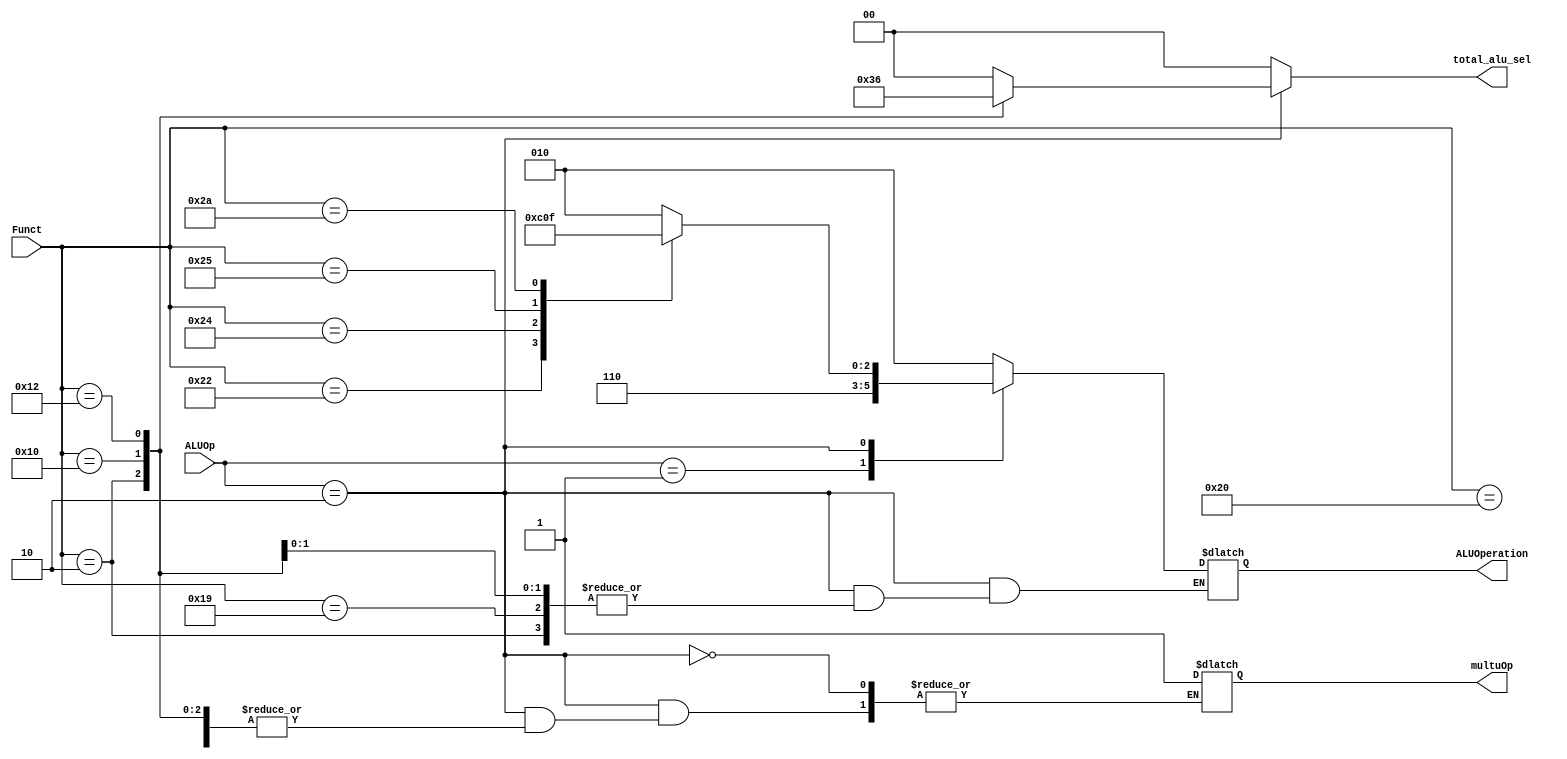
/*
	Title:	ALU Control Unit
	Author: Garfield (Computer System and Architecture Lab, ICE, CYCU)
	Input Port
		1. ALUOp: alu+-
		2. Funct: 6
	Output Port
		1. ALUOperation: 
        2. multuOp: multuOp
        3. sel: 
*/

module alu_ctl(ALUOp, Funct, ALUOperation, multuOp, total_alu_sel);
    input[1:0] ALUOp;
    input[5:0] Funct;
    output[2:0] ALUOperation;
    output multuOp;
    output[1:0] total_alu_sel;

    reg multuOp;
    reg[1:0] total_alu_sel;
    reg[2:0] ALUOperation;

    // symbolic constants for instruction function code
    parameter F_add = 6'd32;
    parameter F_sub = 6'd34;
    parameter F_and = 6'd36;
    parameter F_or  = 6'd37;
    parameter F_slt = 6'd42;
    parameter F_srl = 6'd2;
    parameter F_multu = 6'd25;
    parameter F_mfhi = 6'd16;
    parameter F_mflo = 6'd18;

    // symbolic constants for ALU Operations
    parameter ALU_add = 3'b010;
    parameter ALU_sub = 3'b110;
    parameter ALU_and = 3'b000;
    parameter ALU_or  = 3'b001;
    parameter ALU_slt = 3'b111;

    always @(ALUOp or Funct)
    begin
        total_alu_sel = 2'b00;
        case (ALUOp) 
            2'b00 : ALUOperation = ALU_add;
            2'b01 : ALUOperation = ALU_sub;
            2'b10 : case (Funct) 
                        F_add : ALUOperation = ALU_add;
                        F_sub : ALUOperation = ALU_sub;
                        F_and : ALUOperation = ALU_and;
                        F_or  : ALUOperation = ALU_or;
                        F_slt : ALUOperation = ALU_slt;
                        F_srl : total_alu_sel = 2'b11;
                        F_multu : multuOp = 1'b1;
                        F_mfhi : total_alu_sel = 2'b01;
                        F_mflo : total_alu_sel = 2'b10;
                        default 
                            begin
                                ALUOperation = 3'bxxx;
                                multuOp = 1'bx;
                            end
                    endcase
            default ALUOperation = 3'bxxx;
        endcase
    end
endmodule